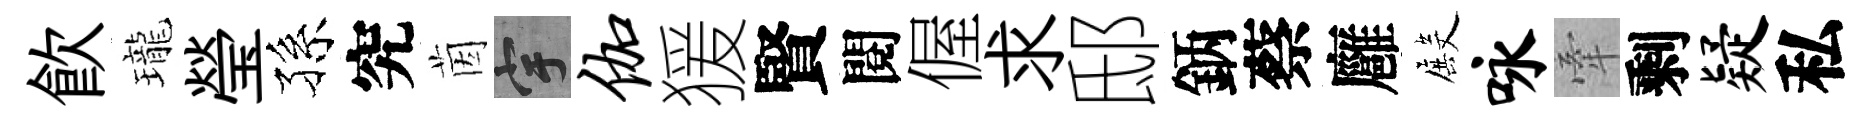
飮瓏瑩孫究茵宇伽猨賢閱偓求邸鈵蔡廱殿咏牽剩疑私